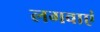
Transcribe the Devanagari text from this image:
लगवाएं